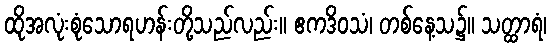
ထိုအလုံးစုံသောရဟန်းတို့သည်လည်း။ ဧကဒိဝသံ၊ တစ်နေ့သ၌။ သတ္ထာရံ၊